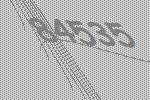
84535